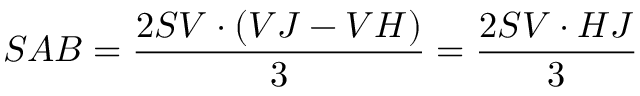
S A B = { \frac { 2 S V \cdot ( V J - V H ) } { 3 } } = { \frac { 2 S V \cdot H J } { 3 } }